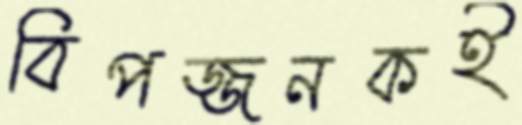
বিপজ্জনকই